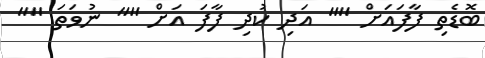
ބޮޑެތި ފާފައަށް "" އަދި ކުދި ފާފަ އަށް "" ނުވަތަ ""